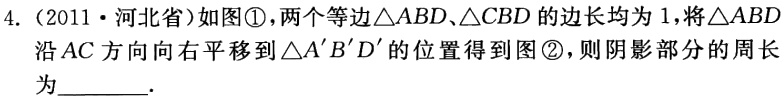
4.（2011·河北省）如图\textcircled{1}，两个等边\(\triangle ABD\)、\(\triangle CBD\)的边长均为1，将\(\triangle ABD\)沿\(AC\)方向向右平移到\(\triangle A'B'D'\)的位置得到图\textcircled{2}，则阴影部分的周长为  .